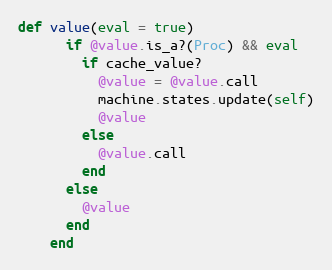
Language: Ruby
def value(eval = true)
      if @value.is_a?(Proc) && eval
        if cache_value?
          @value = @value.call
          machine.states.update(self)
          @value
        else
          @value.call
        end
      else
        @value
      end
    end